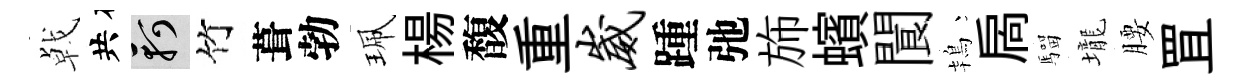
㦸共軻竹葺勃珮楊馥重崴踵弛斾蠙閬鴇扄騮壠腰罝